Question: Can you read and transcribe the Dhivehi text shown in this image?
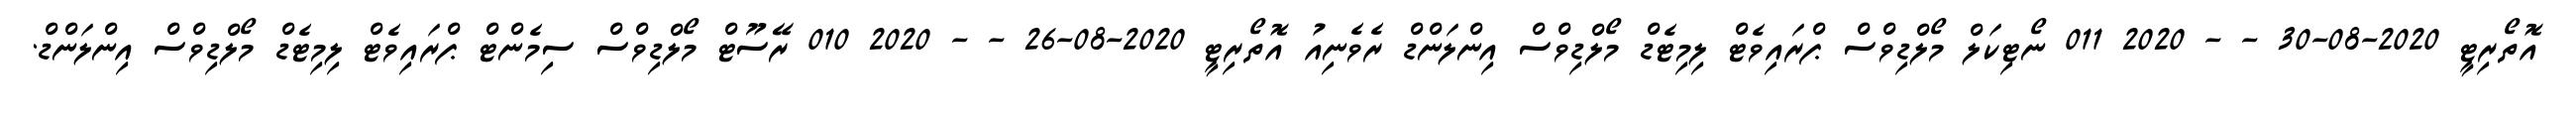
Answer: އޮތޯރިޓީ 2020-08-30 - - 2020 011 ނޯޓިކަލް މޯލްޑިވްސް ޕްރައިވެޓް ލިމިޓެޑް މޯލްޑިވްސް އިންލަންޑް ރެވެނިއު އޮތޯރިޓީ 2020-08-26 - - 2020 010 ރޭސޫޓް މޯލްޑިވްސް ސިމެންޓް ޕްރައިވެޓް ލިމިޓެޑް މޯލްޑިވްސް އިންލަންޑް.